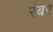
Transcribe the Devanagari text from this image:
रंबर